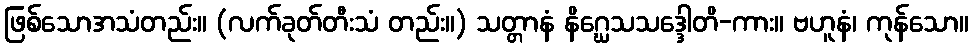
ဖြစ်သောအသံတည်း။ (လက်ခုတ်တီးသံ တည်း။) သတ္တာနံ နိဂ္ဃေသသဒ္ဒေါတိ-ကား။ ဗဟူနံ၊ ကုန်သော။